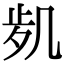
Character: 𠙑